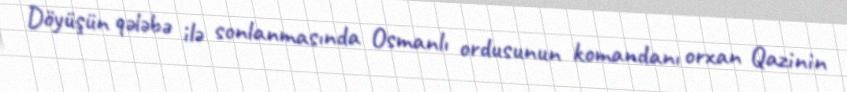
Döyüşün qələbə ilə sonlanmasında Osmanlı ordusunun komandanı orxan Qazinin